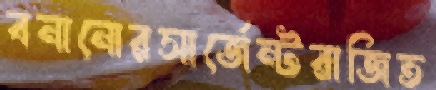
বনানোরসার্জেন্টরাজিত